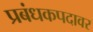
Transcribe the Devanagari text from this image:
प्रबंधकपदावर